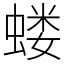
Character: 蝼